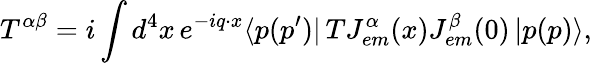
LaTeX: T^{\alpha\beta}=i\int d^{4}x\, e^{-iq\cdot x}\langle p(p^{\prime})|\, TJ_{em}^{\alpha}(x)J_{em}^{\beta}(0)\, |p(p)\rangle,